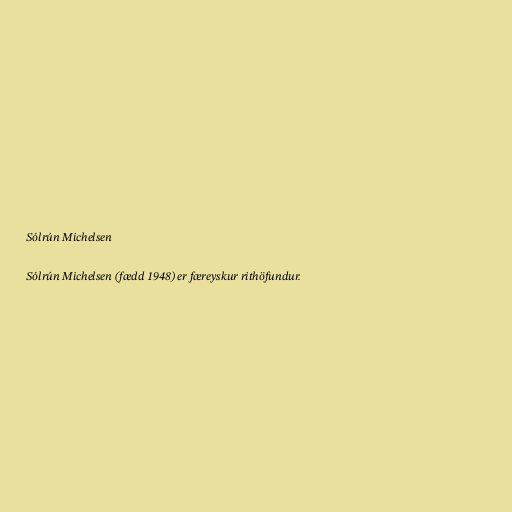
Sólrún Michelsen

Sólrún Michelsen (fædd 1948) er færeyskur rithöfundur.